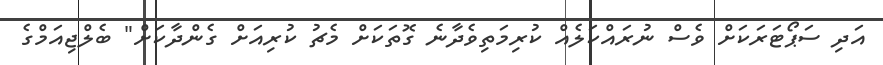
އަދި ސަޕޯޓަރަކަށް ވެސް ނުރައްކަލެއް ކުރިމަތިވެދާނެ ގޮތަކަށް މެޗު ކުރިއަށް ގެންދާކަށް" ބެލްޖިއަމްގެ